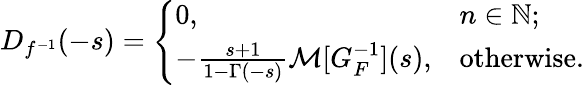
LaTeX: D_{f^{-1}}(-s)={\left\{ \begin{array}{ll}{0,}&{n\in\mathbb{N};}\\ {-{\frac{s+1}{1-\Gamma(-s)}}{\mathcal{M}}[G_{F}^{-1}](s),}&{{\mathrm{otherwise.}}}\end{array}\right.}